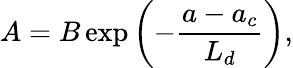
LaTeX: A=B\exp\left(-\frac{a-a_{c}}{L_{d}}\right),